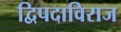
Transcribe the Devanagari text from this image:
द्विपदाविराज